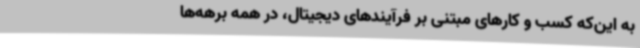
به این‌که کسب و کارهای مبتنی بر فرآیندهای دیجیتال، در همه برهه‌ها